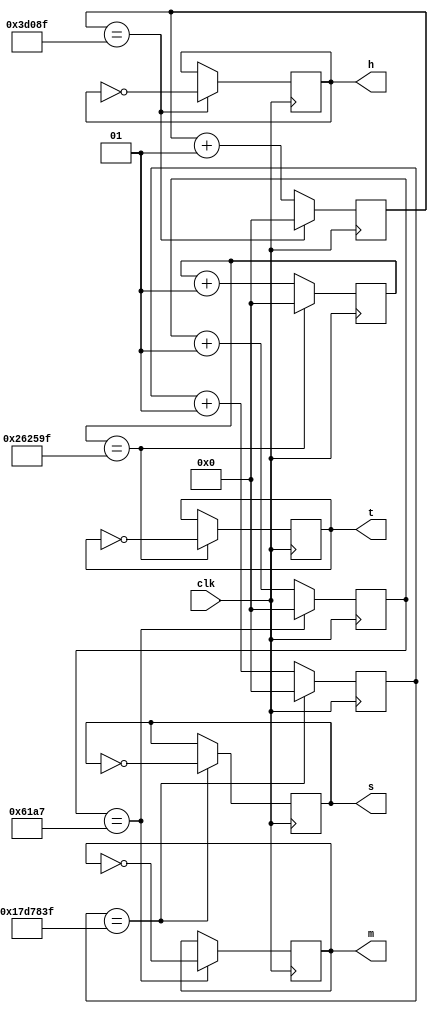
module clock_divider #(parameter CLOCKFREQ = 50000000)(
	input clk,
	output reg s,		//Seconds
	output reg t,		//Tenths of seconds
	output reg h,		//Hundredths of seconds
	output reg m		//milliseconds
	);

	integer millicount = 0;
	integer hundredcount = 0;
	integer tencount = 0;
	integer secondcount = 0;
	
	//Divide the clock to get milliseconds:
	always @ (posedge clk)
	begin
		if (millicount == (CLOCKFREQ / 2000 - 1))
		begin
			millicount <= 0;
			m <= ~m;
		end
		else
			millicount <= millicount + 1;
	end

	//Divide the millisecond output to get hundredths:
	always @ (posedge clk)
	begin
		if (hundredcount == (CLOCKFREQ / 200 - 1))
		begin
			hundredcount <= 0;
			h <= ~h;
		end
		else
			hundredcount <= hundredcount + 1;
	end

	//Divide to get tenths:
	always @ (posedge clk)
	begin
		if (tencount == (CLOCKFREQ / 20 - 1))
		begin
			tencount <= 0;
			t <= ~t;
		end
		else
			tencount <= tencount + 1;
	end

	//Divide the tenths output to get seconds:
	always @ (posedge clk)
	begin
		if (secondcount == (CLOCKFREQ / 2 - 1))
		begin
			secondcount <= 0;
			s <= ~s;
		end
		else
			secondcount <= secondcount + 1;
	end
	
endmodule